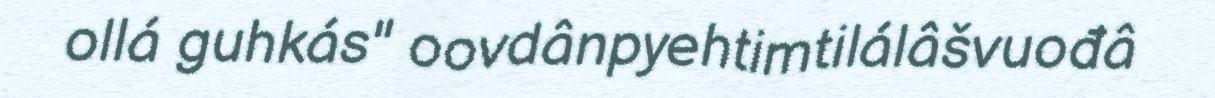
ollá guhkás" oovdânpyehtimtilálâšvuođâ